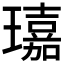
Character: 𤪘